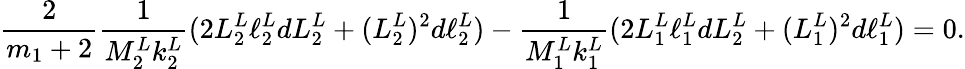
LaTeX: \frac{2}{m_{1}+2}\frac{1}{M_{2}^{L}k_{2}^{L}}(2L_{2}^{L}\ell_{2}^{L}dL_{2}^{L}+(L_{2}^{L})^{2}d\ell_{2}^{L})-\frac{1}{M_{1}^{L}k_{1}^{L}}(2L_{1}^{L}\ell_{1}^{L}dL_{2}^{L}+(L_{1}^{L})^{2}d\ell_{1}^{L})=0.